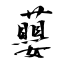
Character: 蘡